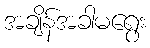
အချိန်အခါမရွေး